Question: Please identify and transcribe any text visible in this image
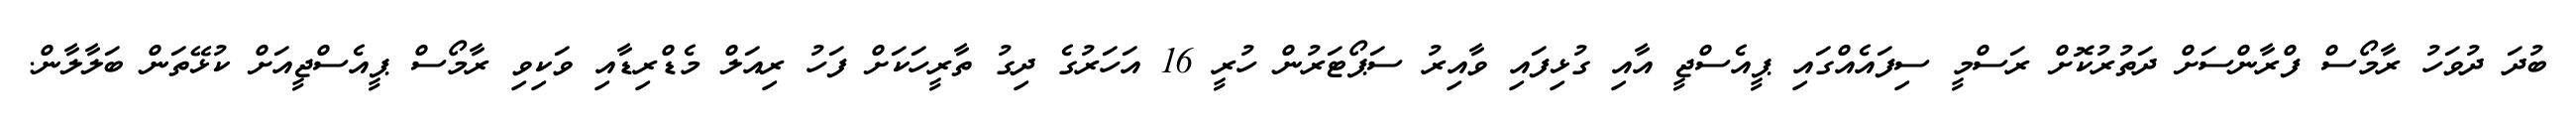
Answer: ބުދަ ދުވަހު ރާމޯސް ފްރާންސަށް ދަތުރުކޮށް ރަސްމީ ސިފައެއްގައި ޕީއެސްޖީ އާއި ގުޅިފައި ވާއިރު ސަޕޯޓަރުން ހުރީ 16 އަހަރުގެ ދިގު ތާރީހަކަށް ފަހު ރިއަލް މެޑްރިޑާއި ވަކިވި ރާމޯސް ޕީއެސްޖީއަށް ކުޅޭތަން ބަލާލާން.